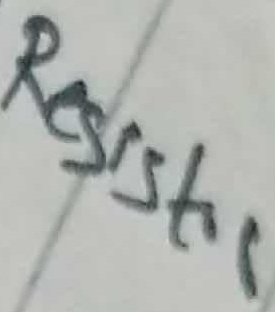
Text: Resistor